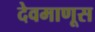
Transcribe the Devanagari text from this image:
देवमाणूस